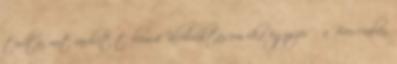
tudta, mit várhat tőlem.4 Klubváltásom oka egyszerű: a Bresciaban